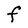
Character: F